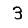
Digit: 3